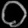
Digit: ၀